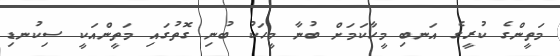
މަތީންގެ ކުރީގެ އަނބި މީހާކަމަށް ބުނާ މީހަކު ބުނި ގޮތުގައި މަތީންއަކީ ސިކުނޑި